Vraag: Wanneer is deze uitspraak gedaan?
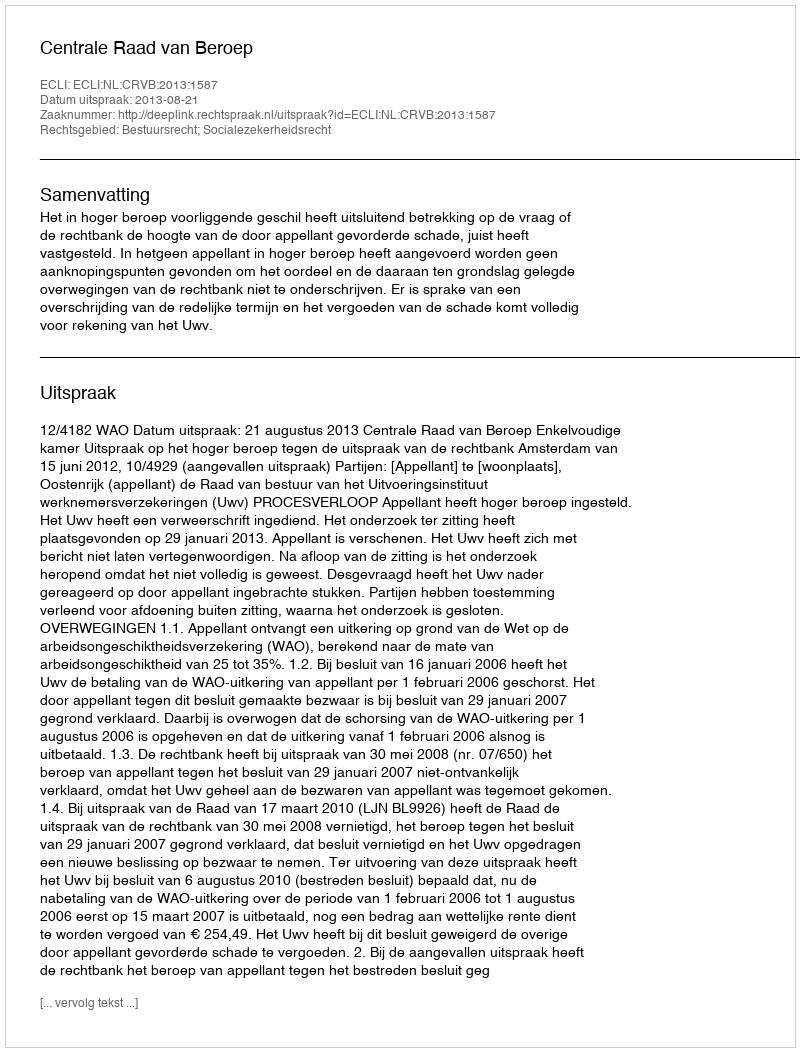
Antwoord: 2013-08-21